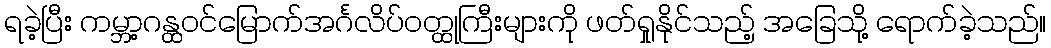
ရခဲ့ပြီး ကမ္ဘာ့ဂန္ထဝင်မြောက်အင်္ဂလိပ်ဝတ္ထုကြီးများကို ဖတ်ရှုနိုင်သည့် အခြေသို့ ရောက်ခဲ့သည်။